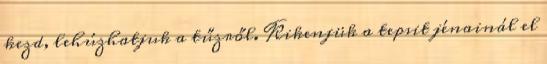
kezd, lehúzhatjuk a tűzről. Kikenjük a tepsit jénainál el